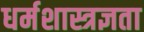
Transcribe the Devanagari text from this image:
धर्मशास्त्रज्ञता